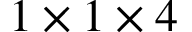
1 \times 1 \times 4